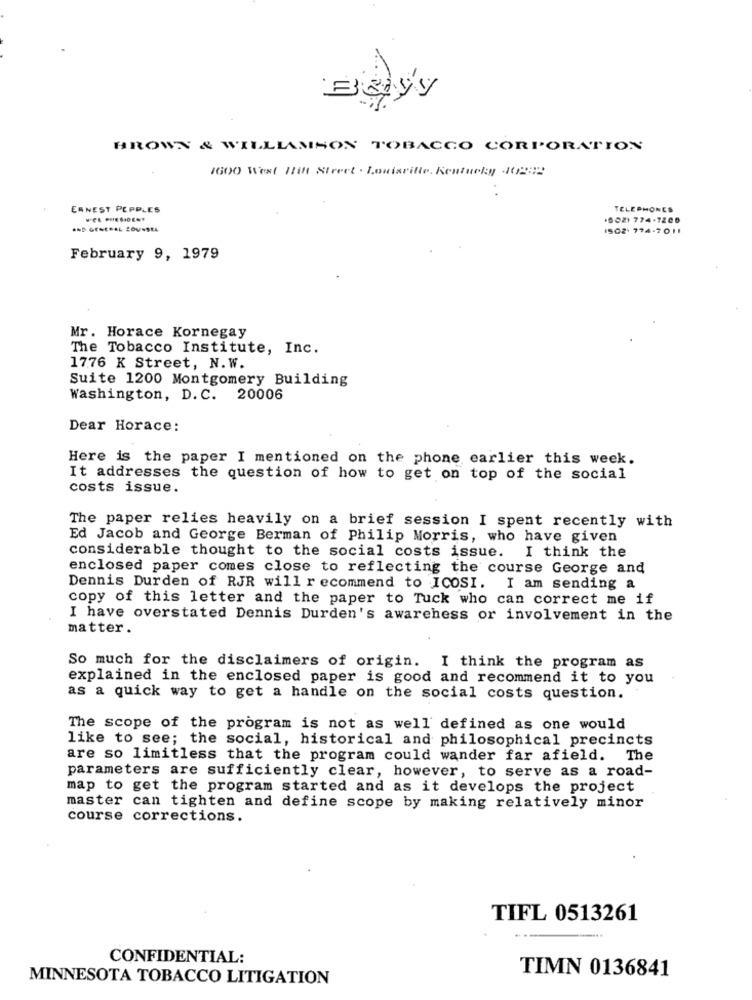
الالموك
BROWN & WILLIAMSON TOBACCO CORPORATION
1600 West Hill Street . Louisritte, Kentucky 20292
ERNEST PEPPLES
TELEPHONES
.602) 774-7206
AND GENERAL ZOV-SEL
1502 774-7011
February 9, 1979
Mr. Horace Kornegay
The Tobacco Institute, Inc.
1776 K Street, N.W.
Suite 1200 Montgomery Building
Washington, D.C. 20006
Dear Horace:
Here is the paper I mentioned on the phone earlier this week.
It addresses the question of how to get on top of the social
costs issue.
The paper relies heavily on a brief session I spent recently with
Ed Jacob and George Berman of Philip Morris, who have given
considerable thought to the social costs issue. I think the
enclosed paper comes close to reflecting the course George and
Dennis Durden of RJR will recommend to ICOSI. I am sending a
copy of this letter and the paper to Tuck who can correct me if
I have overstated Dennis Durden's awareness or involvement in the
matter.
So much for the disclaimers of origin. I think the program as
explained in the enclosed paper is good and recommend it to you
as a quick way to get a handle on the social costs question.
The scope of the program is not as well defined as one would
like to see; the social, historical and philosophical precincts
are so limitless that the program could wander far afield. The
parameters are sufficiently clear, however, to serve as a road-
map to get the program started and as it develops the project
master can tighten and define scope by making relatively minor
course corrections.
TIFL 0513261
CONFIDENTIAL:
TIMN 0136841
MINNESOTA TOBACCO LITIGATION